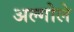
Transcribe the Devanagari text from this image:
अल्गोले